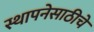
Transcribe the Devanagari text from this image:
स्थापनेसाठीचे